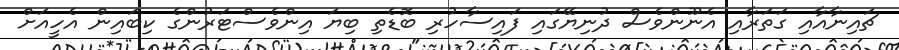
ޗައިނާއާއި ގަތަރާއި އެނޫންވެސް ދުނިޔޭގައި ފައިސާހުރި ބޮޑެތި ބިޔަ އިންވެސްޓަރުންގެ ކިބައިން އެހީއަށް